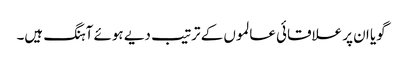
گویا ان پر علاقائی عالموں کے ترتیب دیے ہوئے آہنگ ہیں۔